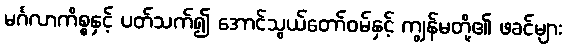
မင်္ဂလာကိစ္စနှင့် ပတ်သက်၍ အောင်သွယ်တော်ဝမ်နှင့် ကျွန်မတို့၏ ဖခင်များ